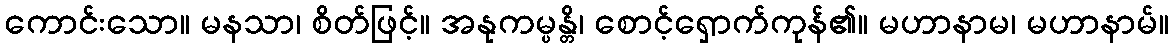
ကောင်းသော။ မနသာ၊ စိတ်ဖြင့်။ အနုကမ္ပန္တိ၊ စောင့်ရှောက်ကုန်၏။ မဟာနာမ၊ မဟာနာမ်။